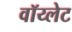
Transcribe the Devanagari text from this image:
वॉय्लेट